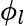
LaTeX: \phi_{l}